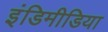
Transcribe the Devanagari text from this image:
इंडिमीडिया